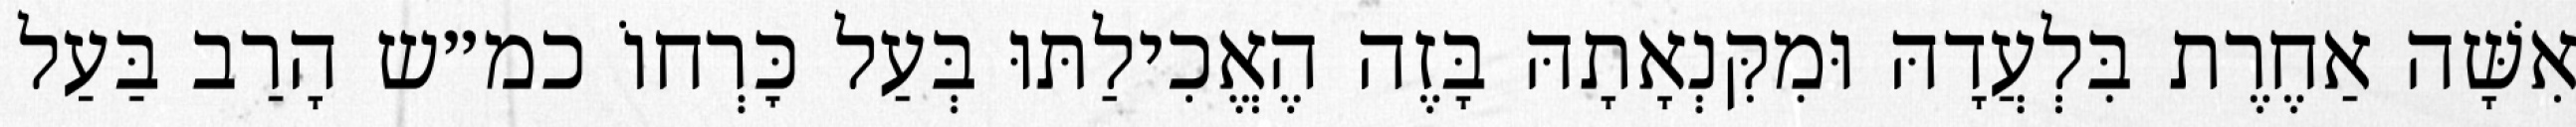
אִשָּׁה אַחֶרֶת בִּלְעֲדָהּ וּמִקִּנְאָתָהּ בָּזֶה הֶאֱכִילַתּוּ בְּעַל כׇּרְחוֹ כמ״ש הָרַב בַּעַל